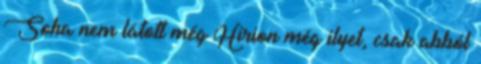
Soha nem látott még Hirion még ilyet, csak abból